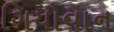
ગિયોવાન